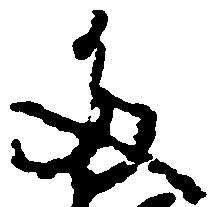
多